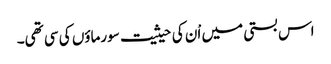
اس بستی میں اْن کی حیثیت سورماؤں کی سی تھی۔